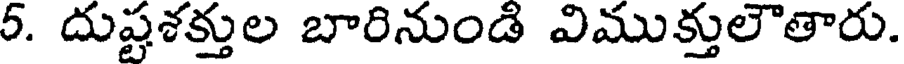
5. దుష్టశక్తుల బారినుండి విముక్తులౌతారు.